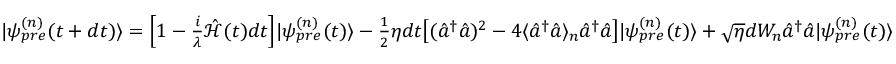
\begin{array} { r } { | \psi _ { p r e } ^ { ( n ) } ( t + d t ) \rangle = \Big [ 1 - \frac { i } { \lambda } \hat { \mathcal { H } } ( t ) d t \Big ] | \psi _ { p r e } ^ { ( n ) } ( t ) \rangle - \frac { 1 } { 2 } \eta d t \big [ ( \hat { a } ^ { \dagger } \hat { a } ) ^ { 2 } - 4 \langle \hat { a } ^ { \dagger } \hat { a } \rangle _ { n } \hat { a } ^ { \dagger } \hat { a } \big ] | \psi _ { p r e } ^ { ( n ) } ( t ) \rangle + \sqrt { \eta } d W _ { n } \hat { a } ^ { \dagger } \hat { a } | \psi _ { p r e } ^ { ( n ) } ( t ) \rangle } \end{array}